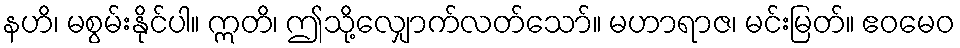
နဟိ၊ မစွမ်းနိုင်ပါ။ ဣတိ၊ ဤသို့လျှောက်လတ်သော်။ မဟာရာဇ၊ မင်းမြတ်။ ဧဝမေဝ